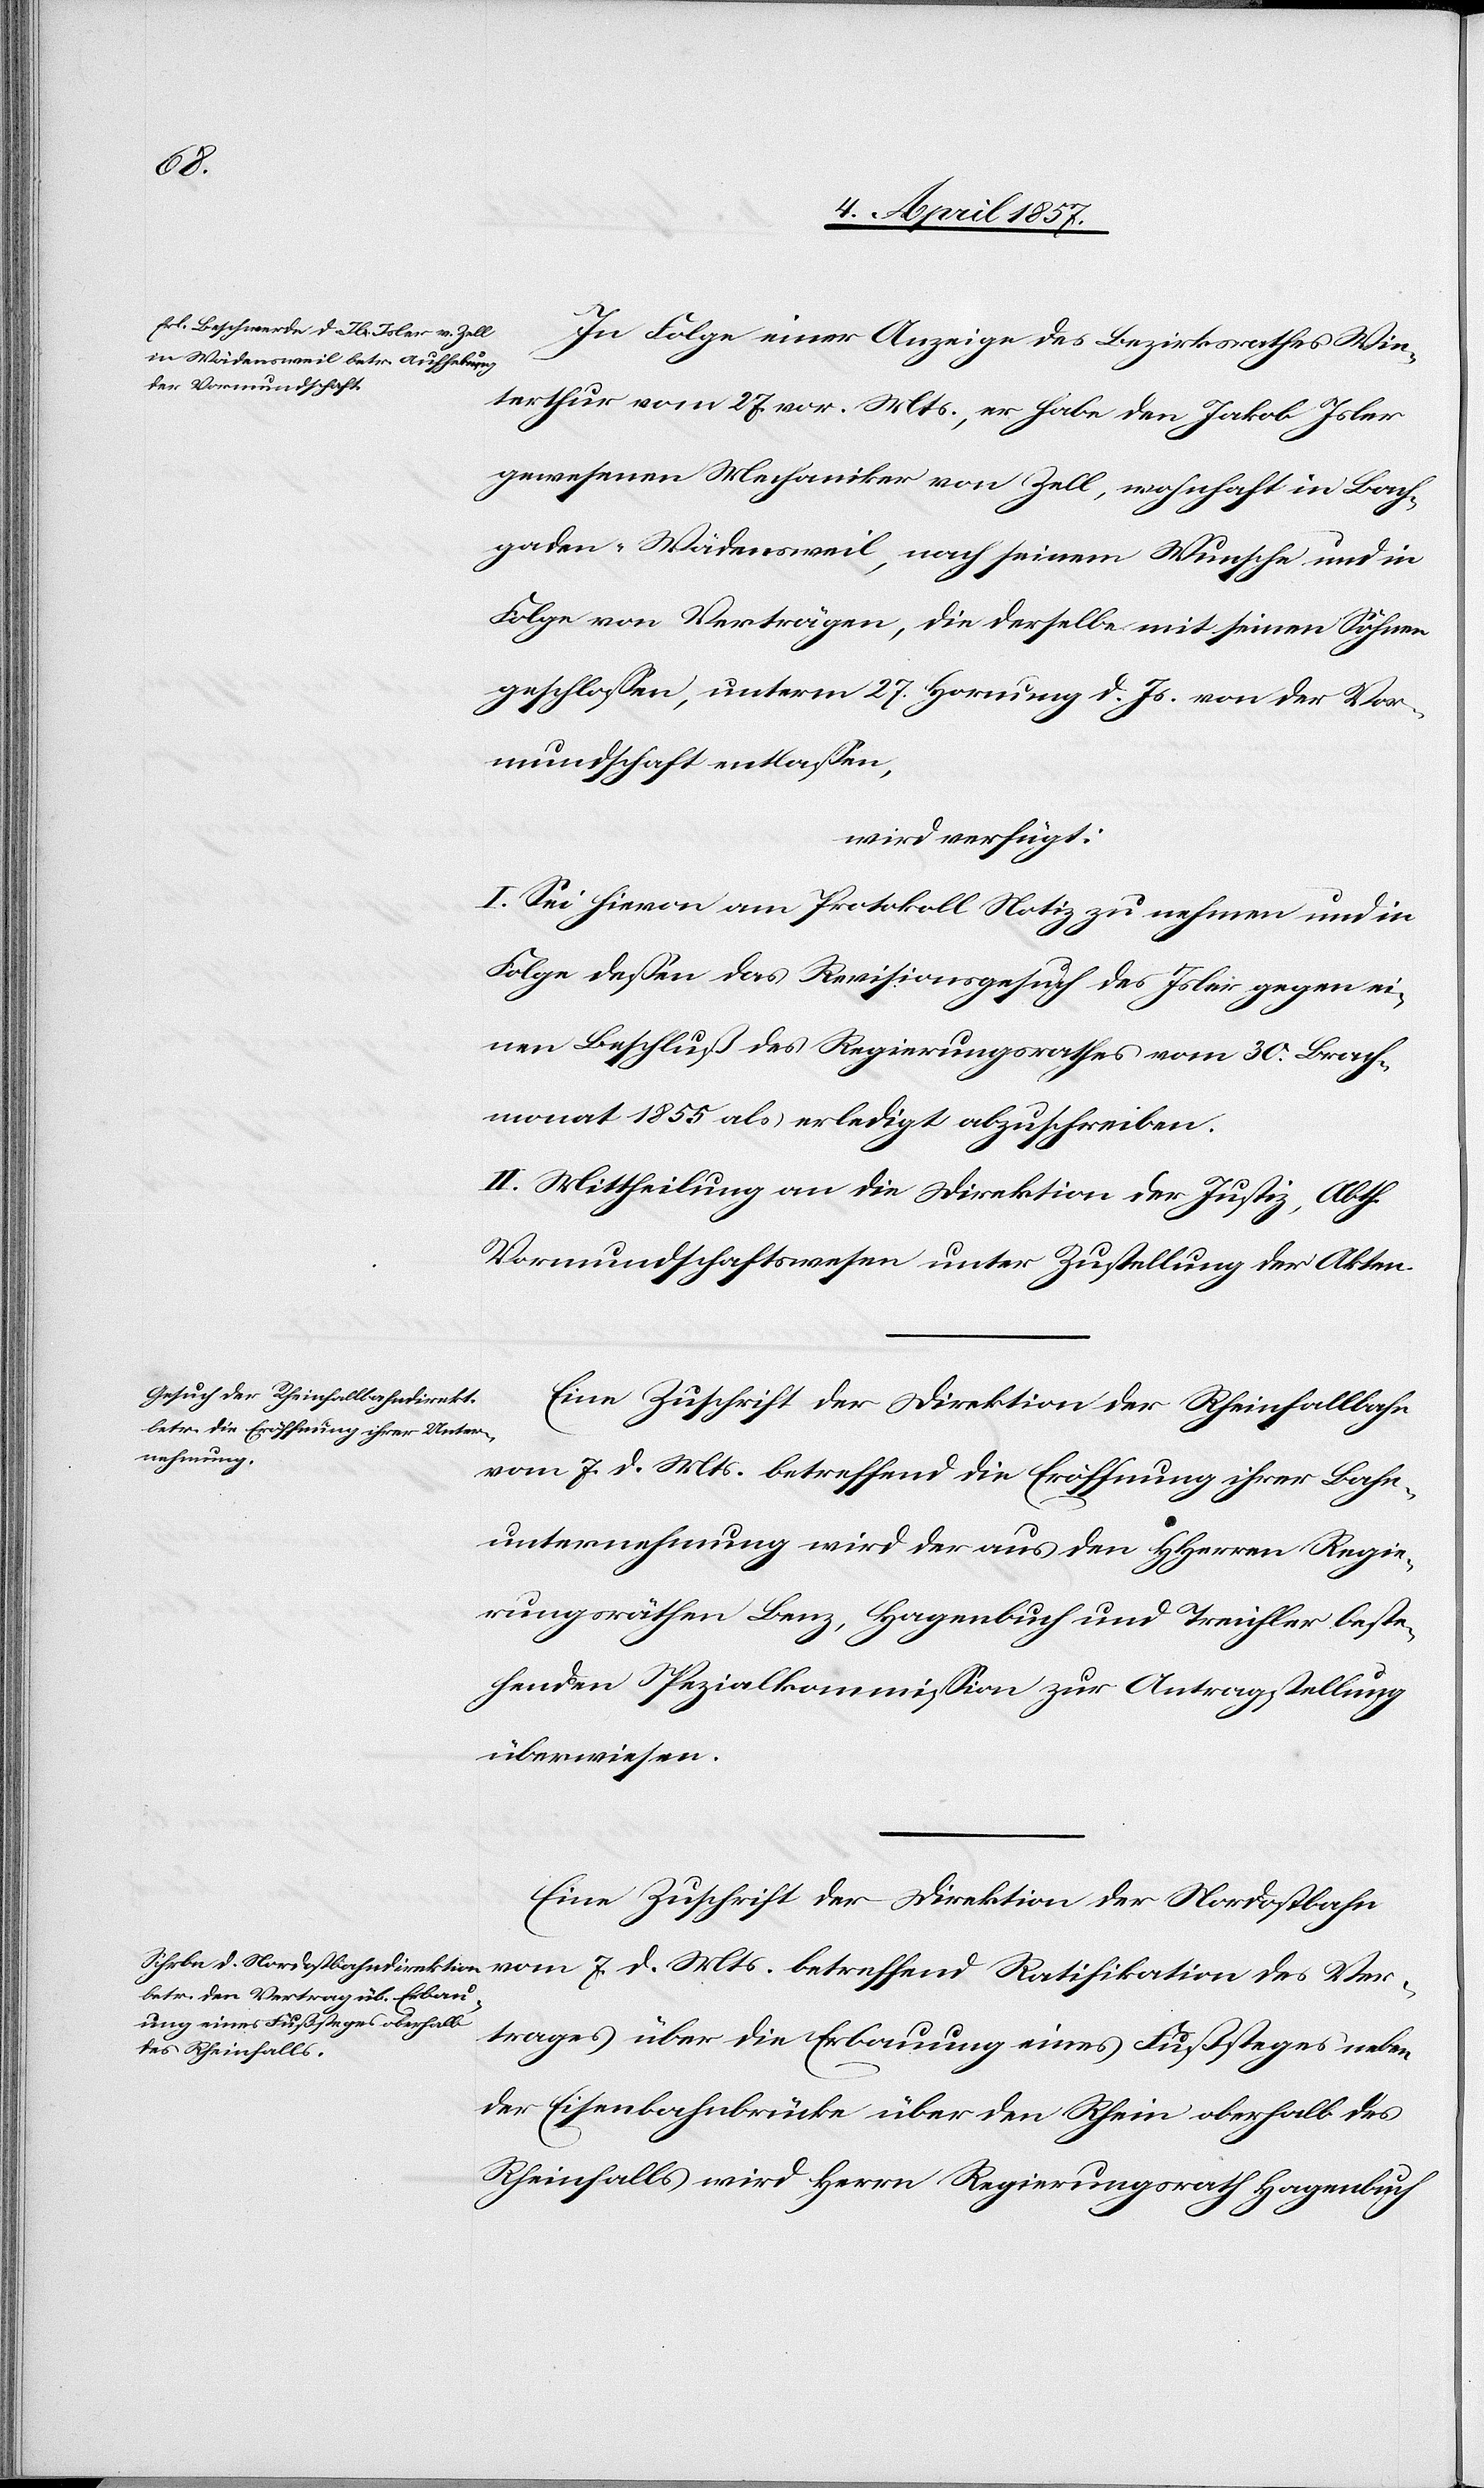
8. April 1857.]
In Folge einer Anzeige des Bezirksrathes Win¬
terthur vom 27. vor. Mts., er habe den Jakob Isler
gewesenen Mechaniker von Zell, wohnhaft in Bach¬
gaden-Wädensweil, nach seinem Wunsche und in
Folge von Verträgen, die derselbe mit seinen Söhnen
geschlossen, unterm 27. Hornung d. Js. von der Vor¬
mundschaft entlassen,
wird verfügt:
I. Sei hievon am Protokoll Notiz zu nehmen und in
Folge dessen das Revisionsgesuch des Isler gegen ei¬
nen Beschluß des Regierungsrathes vom 30. Brach¬
monat 1855 als erledigt abzuschreiben.
II. Mittheilung an die Direktion der Justiz, Abth.
Vormundschaftswesen unter Zustellung der Akten.
Eine Zuschrift der Direktion der Rheinfallbahn
vom 7. d. Mts. betreffend die Eröffnung ihrer Bahn¬
unternehmung wird der aus den HHerren Regie¬
rungsräthen Benz, Hagenbuch und Treichler beste¬
henden Spezialkommission zur Antragstellung
überwiesen.
Eine Zuschrift der Direktion der Nordostbahn
vom 7. d. Mts. betreffend Ratifikation des Ver¬
trages über die Erbauung eines Fußsteges neben
der Eisenbahnbrücke über den Rhein oberhalb des
Rheinfalls wird Herrn Regierungsrath Hagenbuch